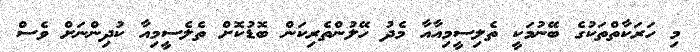
މި ހަރަކާތްތަކުގެ ބޭނުމަކީ ތެލިސީމިއާއާ މެދު ހޭލުންތެރިކަން ބޮޑުކޮށް ތެލެސީމިއާ ކުދިންނަށް ވެސް